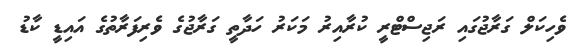
ވެހިކަލް ގަރާޖުގައި ރަޖިސްޓްރީ ކުރާއިރު މަކަރު ހަދާތީ ގަރާޖުގެ ވެރިފަރާތުގެ އައިޑީ ކާޑު